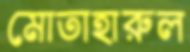
মোতাহারুল